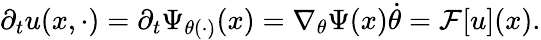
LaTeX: \partial_{t}u(x,\cdot)=\partial_{t}\Psi_{\theta(\cdot)}(x)=\nabla_{\theta}\Psi(x)\dot{\theta}=\mathcal{F}[u](x).